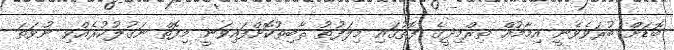
ބޮޑަށް ބުރަވެވެނީ އިމާމުއް ތިރްމިޛީގެ ފޮތުގައި މިލަފުޡު ޘާބިތުކޮށްފައިވަނީ މިފޮތް ނަޤުލުކުރެއްވި ނުވަތަ